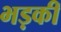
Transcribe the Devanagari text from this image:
भड़कीं